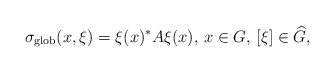
\begin{align*} \sigma_{\textnormal{glob}}(x,\xi)=\xi(x)^*A\xi(x),\,x\in G,\, [\xi]\in \widehat{G},\end{align*}